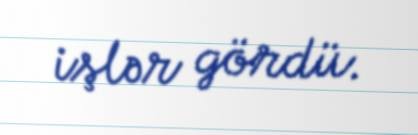
işlər gördü.